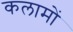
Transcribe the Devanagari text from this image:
कलामों